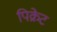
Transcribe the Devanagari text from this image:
पिक्रेट